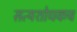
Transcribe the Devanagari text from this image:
सत्यशोधकच